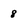
Character: 8